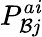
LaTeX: P_{\mathcal{B}j}^{a\mathit{i}}